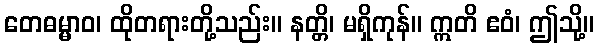
တေဓမ္မာဝ၊ ထိုတရားတို့သည်း။ နတ္တိ၊ မရှိကုန်။ ဣတိ ဧဝံ၊ ဤသို့။